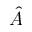
\hat { A }